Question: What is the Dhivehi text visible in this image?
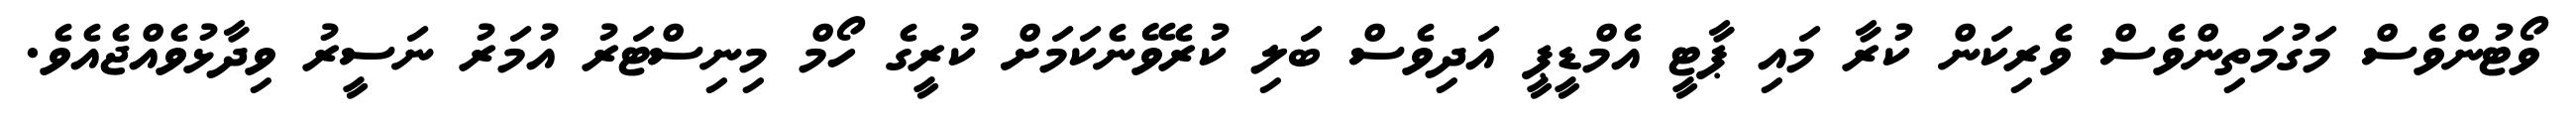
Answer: ވޯޓުންވެސް މަގުމަތިންވެސް ވެރިކަން ކުރާ މައި ޕާޓީ އެމްޑީޕީ އަދިވެސް ބަލި ކުރެވޭނެކަމަށް ކުރީގެ ހޯމް މިނިސްޓަރު އުމަރު ނަސީރު ވިދާޅުވެއްޖެއެވެ.